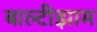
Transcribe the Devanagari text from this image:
बाल्टीझाम